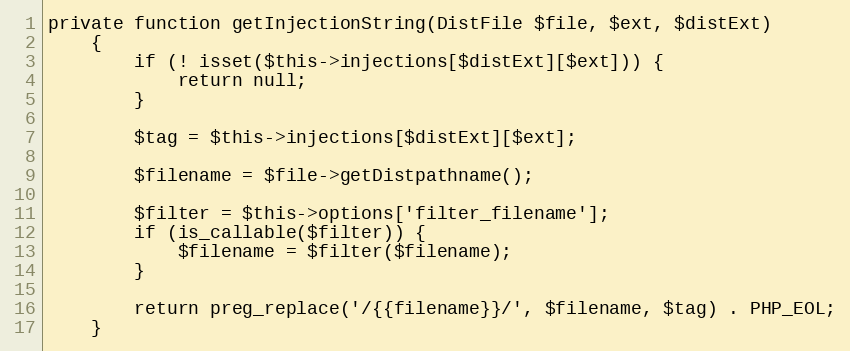
Language: PHP
private function getInjectionString(DistFile $file, $ext, $distExt)
    {
        if (! isset($this->injections[$distExt][$ext])) {
            return null;
        }

        $tag = $this->injections[$distExt][$ext];

        $filename = $file->getDistpathname();

        $filter = $this->options['filter_filename'];
        if (is_callable($filter)) {
            $filename = $filter($filename);
        }

        return preg_replace('/{{filename}}/', $filename, $tag) . PHP_EOL;
    }